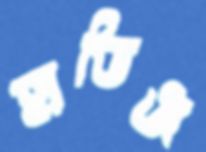
হাডিঞ্জ